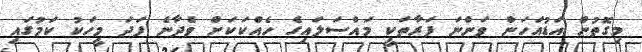
މިގޮތުން އަޑުއަހަން ވަންނަ ފަރާތަކީ މައްސަލައިގެ ހެއްކަކަށް ވެދާނެ ފަދަ މީހަކު ކަމުގައި